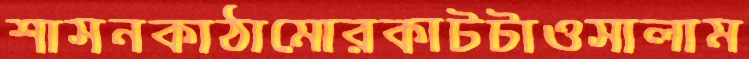
শাসনকাঠামোরকাটটাওসালাম